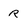
Character: R